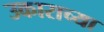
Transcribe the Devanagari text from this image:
उकाराच्या